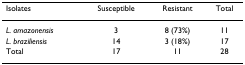
| Isolates | Susceptible | Resistant | Total |
 | --- | --- | --- | --- |
 | L. amazonensis | 3 | 8 (73%) | 11 |
 | L. braziliensis | 14 | 3 (18%) | 17 |
 | Total | 17 | 11 | 28 |